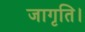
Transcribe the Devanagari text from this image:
जागृति।